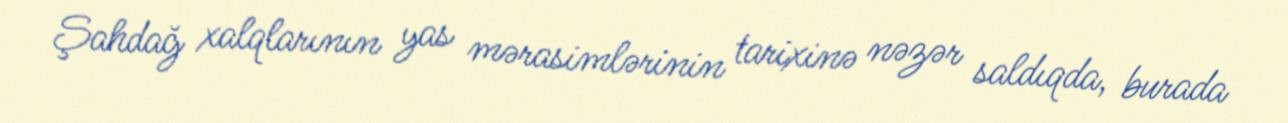
Şahdağ xalqlarının yas mərasimlərinin tarixinə nəzər saldıqda, burada